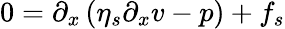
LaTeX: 0=\partial_{x}\left(\eta_{s}\partial_{x}v-p\right)+f_{s}